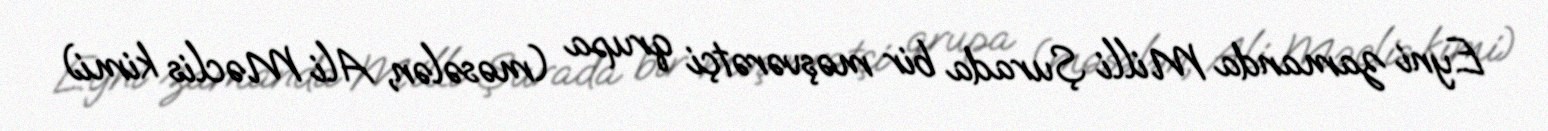
Eyni zamanda Milli Şurada bir məşvərətçi qrupa (məsələn, Ali Məclis kimi)